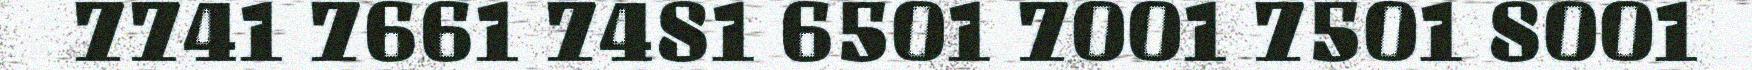
7741 7661 7481 6501 7001 7501 8001